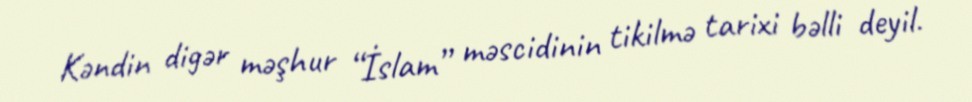
Kəndin digər məşhur “İslam” məscidinin tikilmə tarixi bəlli deyil.